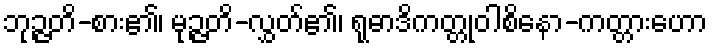
ဘုဉ္ဇတိ-စား၏၊ မုဉ္ဇတိ-လွှတ်၏၊ ရုဓာဒိကတ္တုဝါစိနော-ကတ္တားဟော